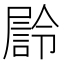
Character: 𭕴